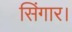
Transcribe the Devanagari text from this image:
सिंगार।